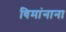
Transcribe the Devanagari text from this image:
विमांनाना